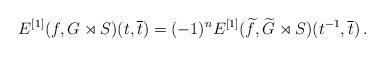
LaTeX: \begin{align*}E^{[1]}(f,G \rtimes S)(t, \overline{t}) = (-1)^n E^{[1]}(\widetilde{f},\widetilde{G} \rtimes S)(t^{-1}, \overline{t}) \, .\end{align*}